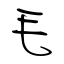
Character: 毛